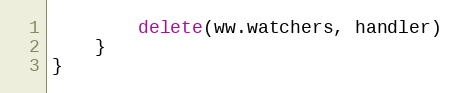
Language: Go
		delete(ww.watchers, handler)
	}
}